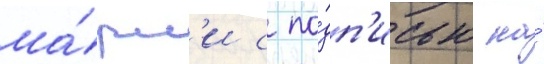
ма́рл'и с по́дп'исью на́